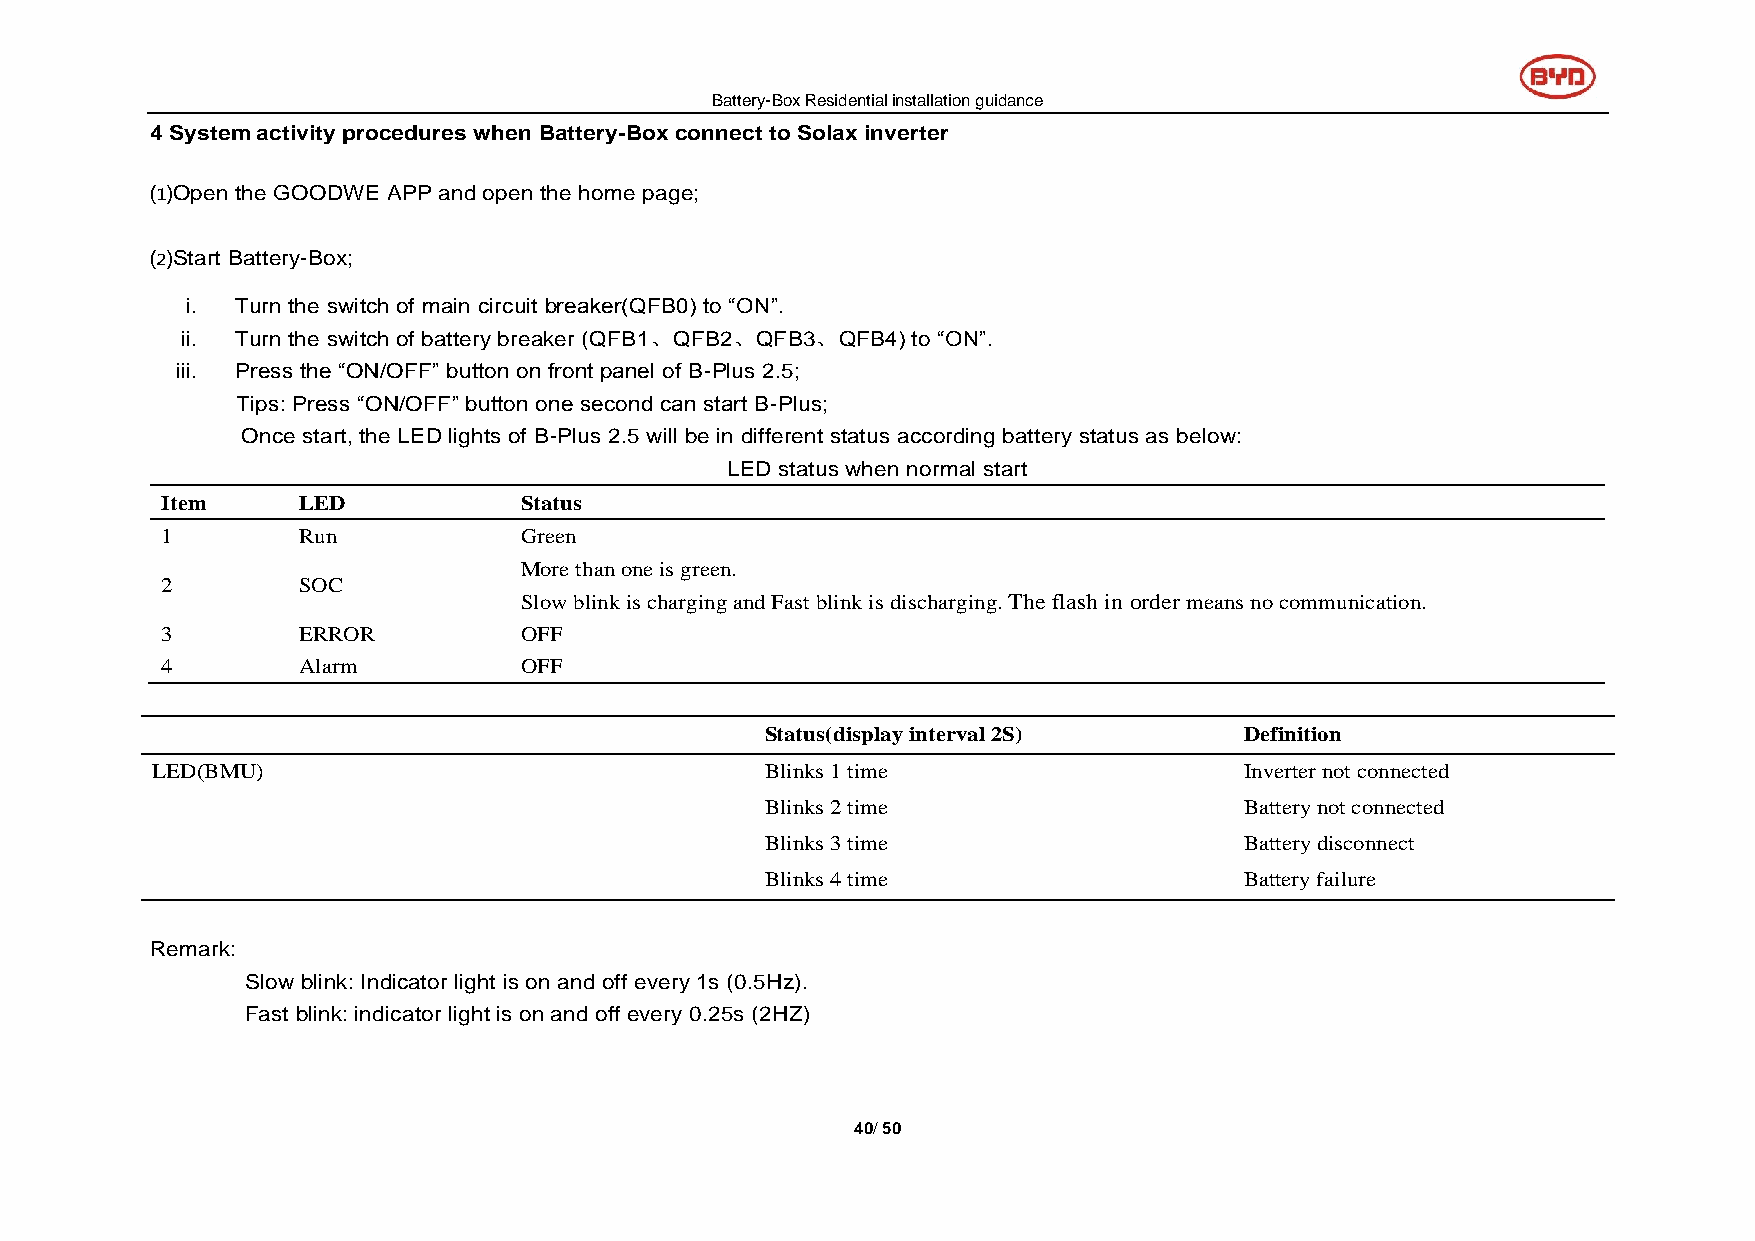
Battery-Box Residential installation guidance
 4 System activity procedures when Battery-Box connect to Solax inverter
 ⑴Open the GOODWE APP and open the home page;
 ⑵Start Battery-Box;
 i.  Turn the switch of main circuit breaker(QFB0) to “ON”.
 ii. Turn the switch of battery breaker (QFB1、QFB2、QFB3、QFB4) to “ON”.
 iii. Press the “ON/OFF” button on front panel of B-Plus 2.5;
 Tips: Press “ON/OFF” button one second can start B-Plus;
 Once start, the LED lights of B-Plus 2.5 will be in different status according battery status as below:
 LED status when normal start
 Item     LED           Status
 1        Run           Green
 More than one is green.
 2        SOC
 Slow blink is charging and Fast blink is discharging. The flash in order means no communication.
 3        ERROR         OFF
 4        Alarm         OFF
 Status(display interval 2S)    Definition
 LED(BMU)                                 Blinks 1 time                  Inverter not connected
 Blinks 2 time                  Battery not connected
 Blinks 3 time                  Battery disconnect
 Blinks 4 time                  Battery failure
 Remark:
 Slow blink: Indicator light is on and off every 1s (0.5Hz).
 Fast blink: indicator light is on and off every 0.25s (2HZ)
 40/ 50